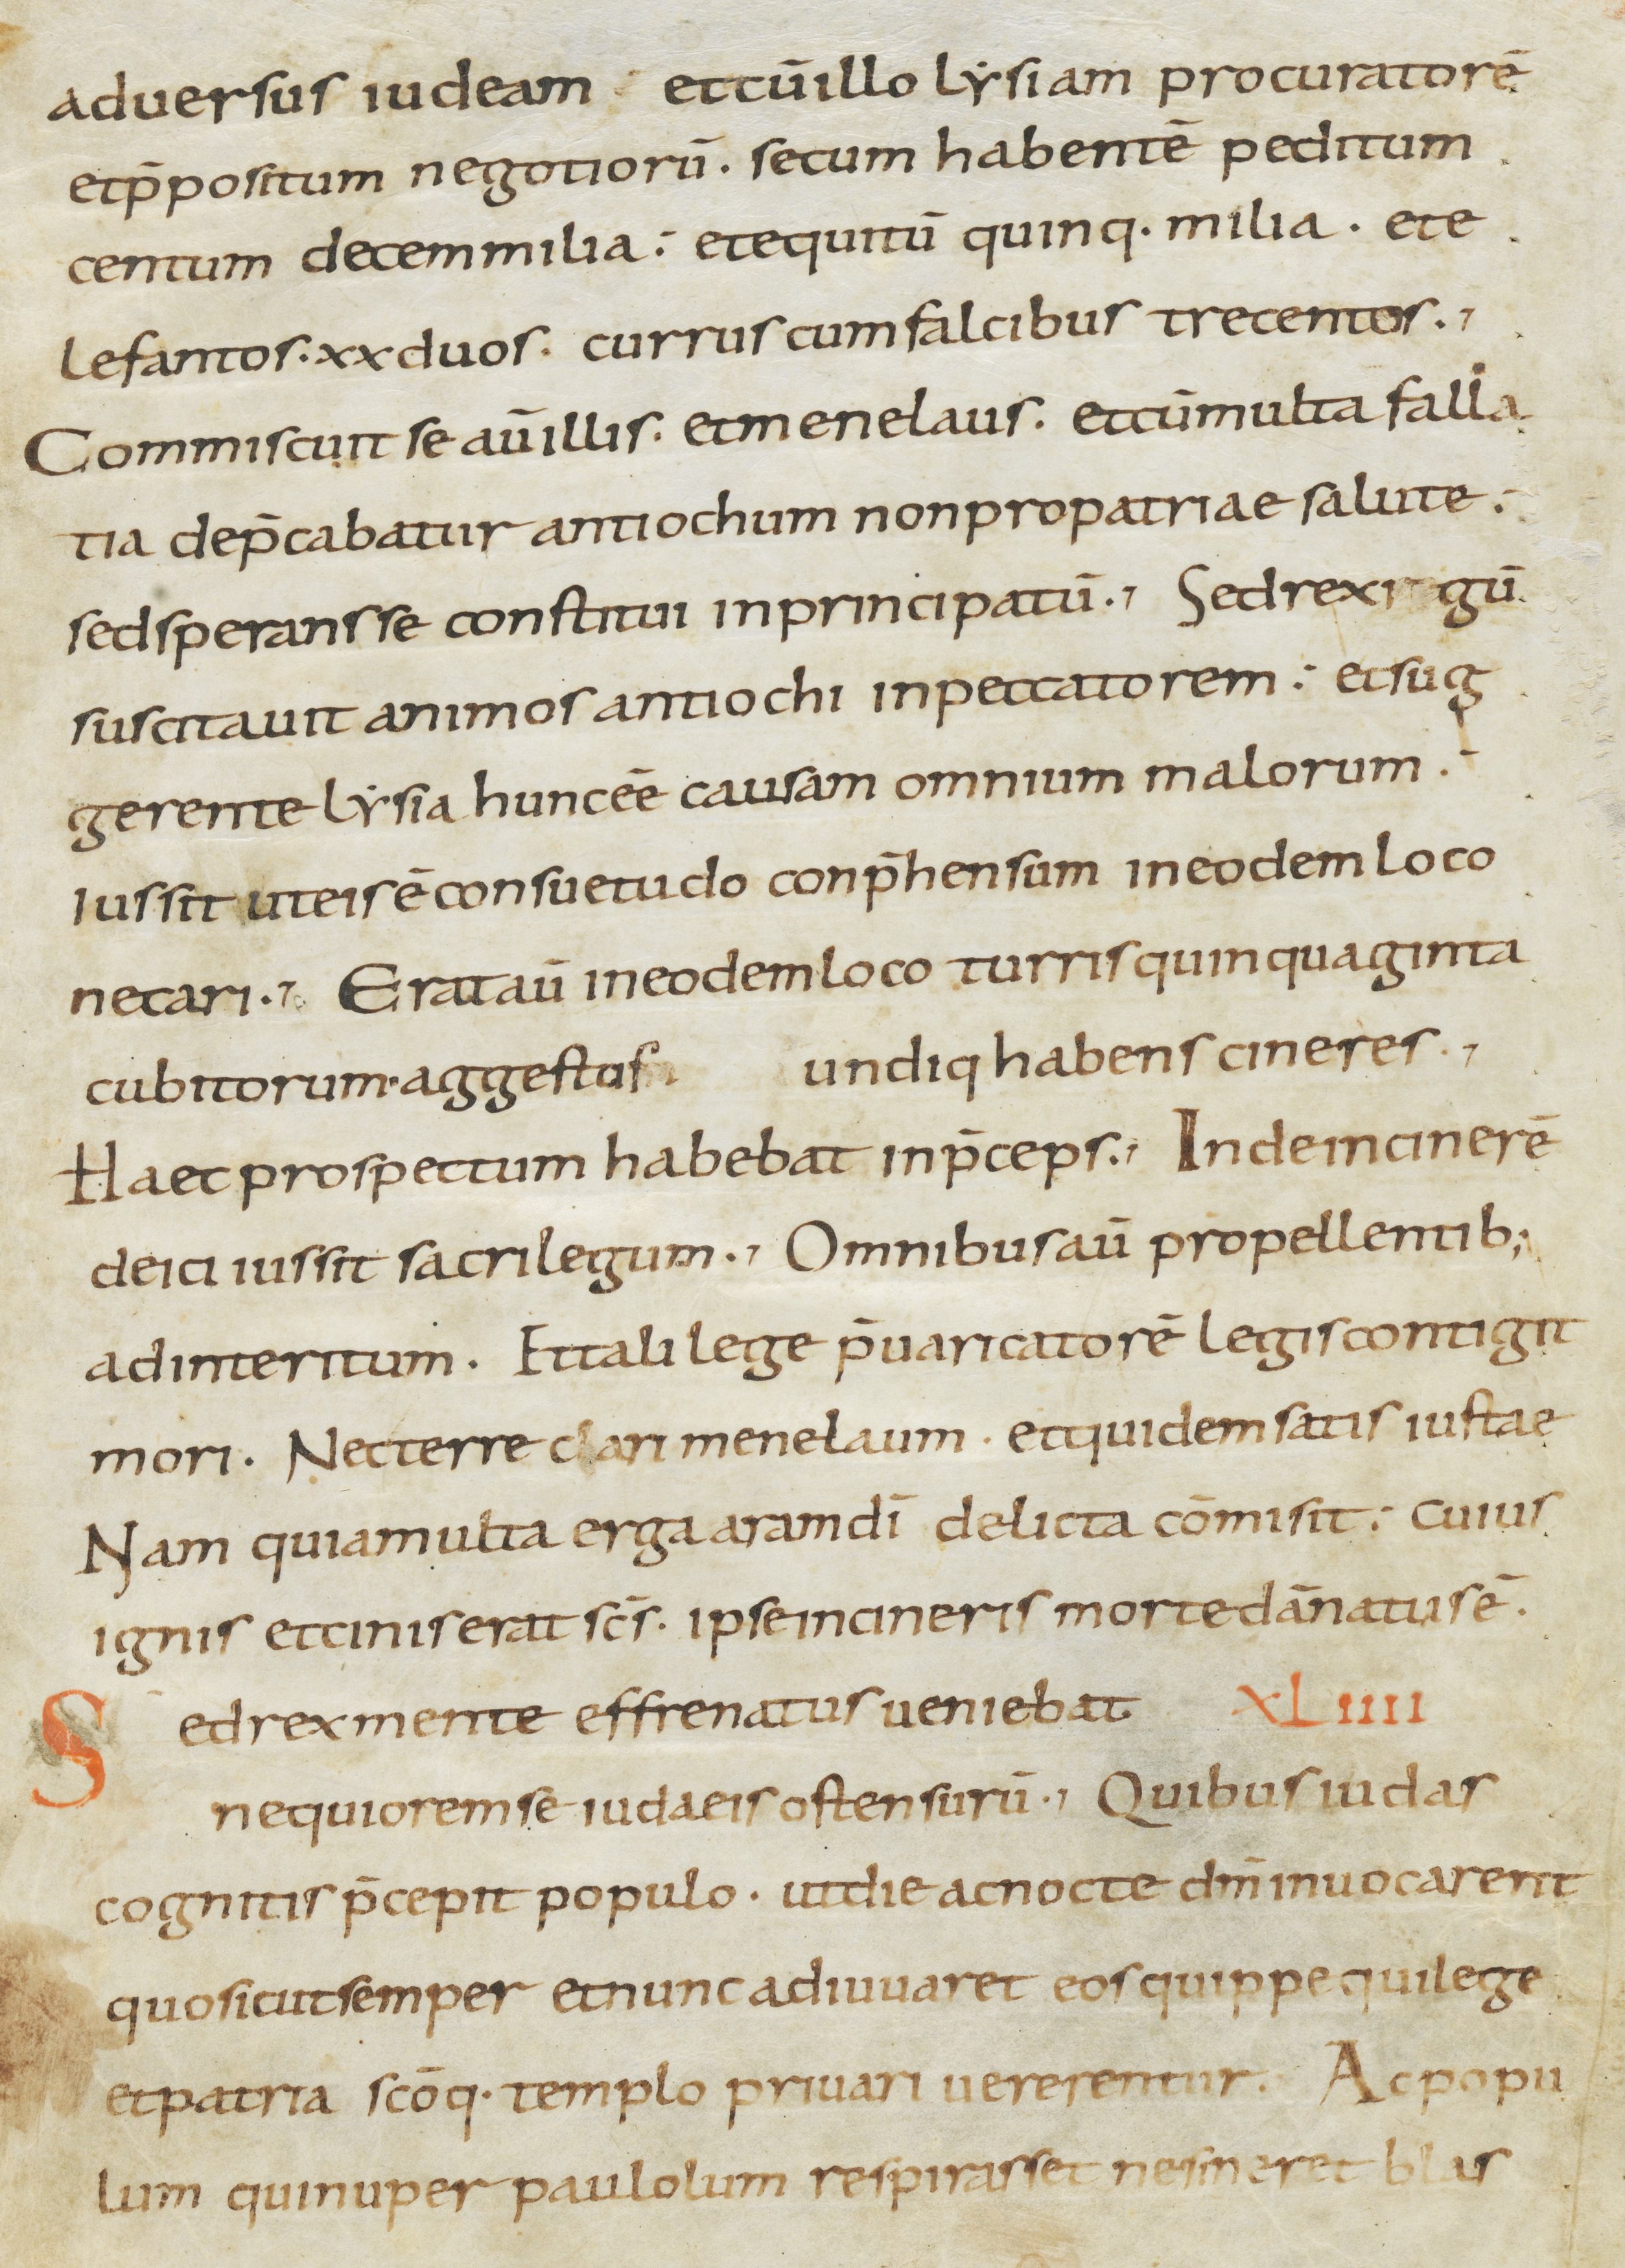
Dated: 800–899